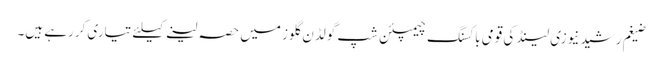
ضیغم رشید نیوزی لینڈ کی قومی باکسنگ چیمپئن شپ گولڈن گلوز میں حصہ لینے کیلئے تیاری کررہے ہیں۔